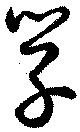
学